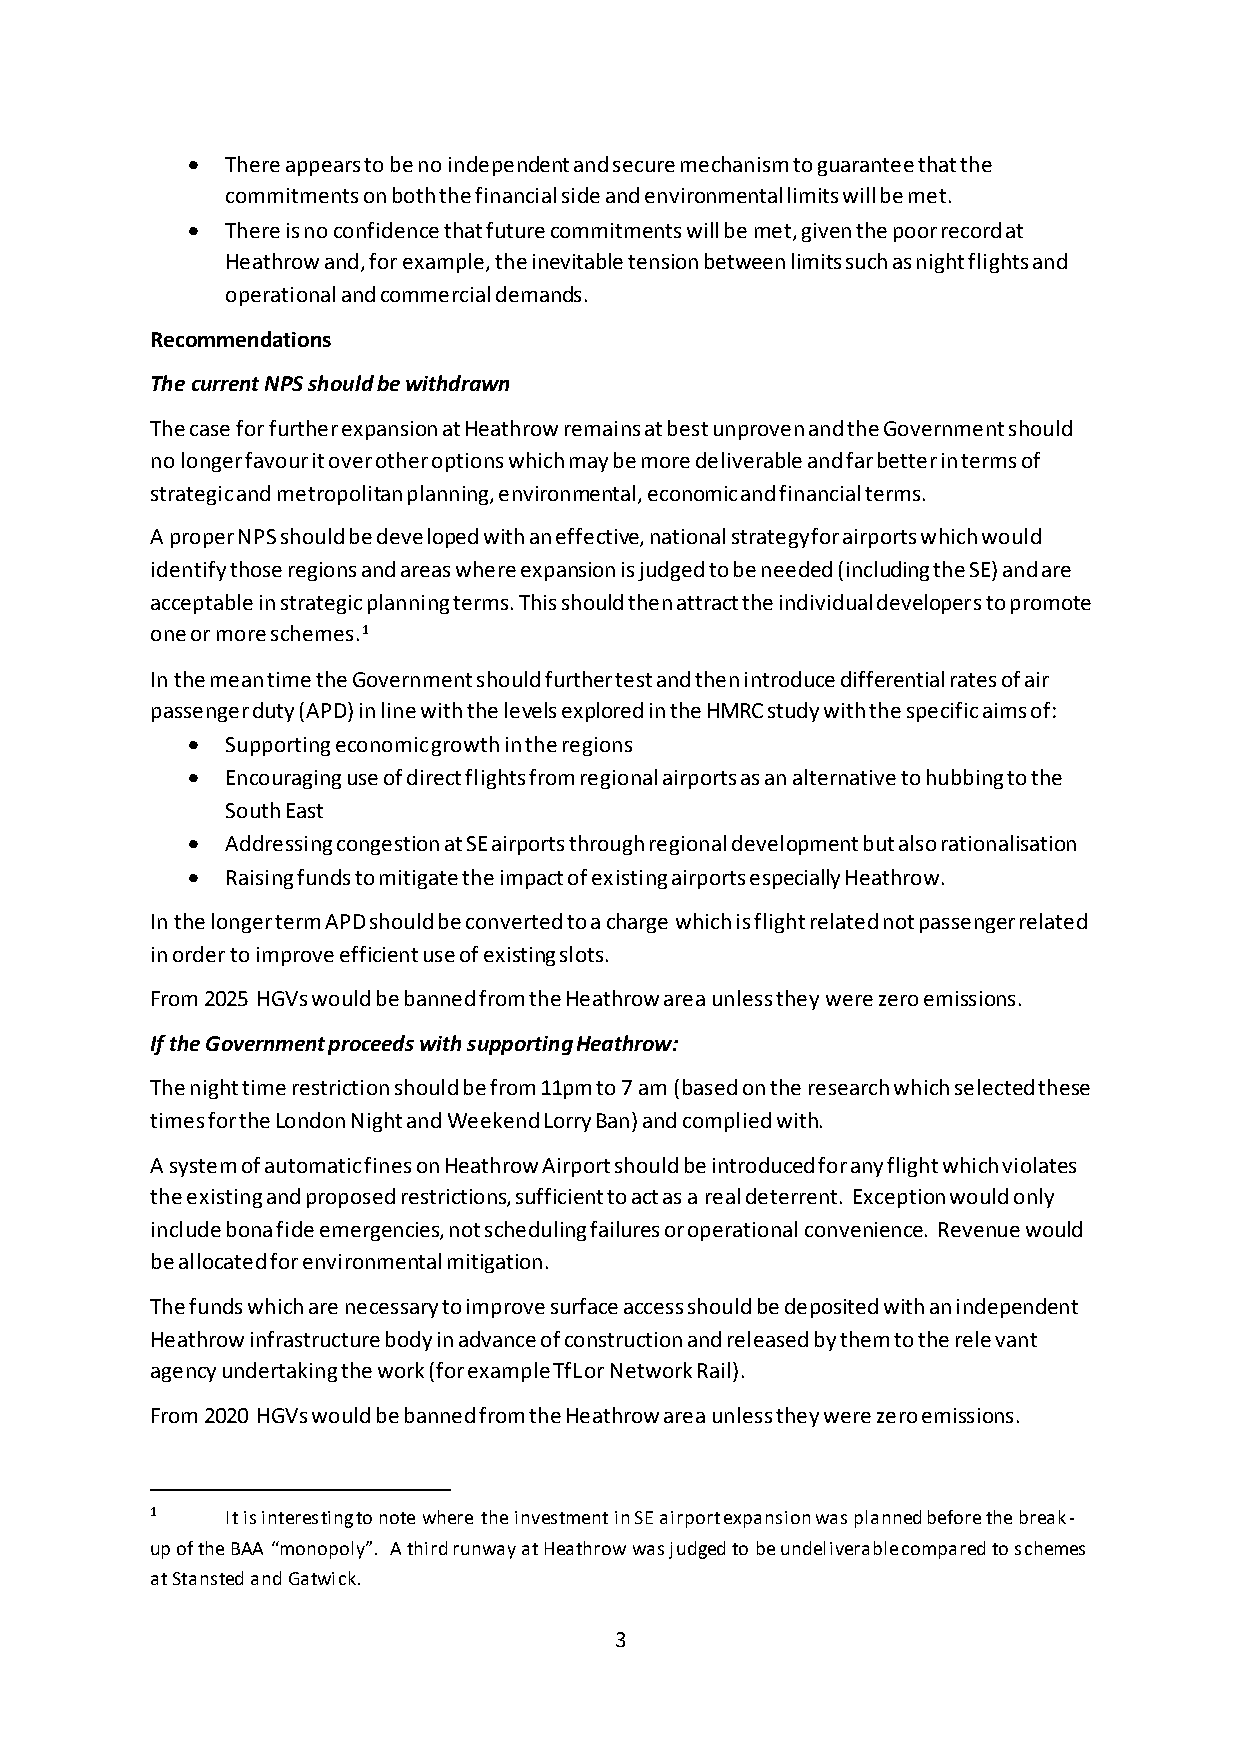
  There appears to be no independent and secure mechanism to guarantee that the
 commitments on both the financial side and environmental limits will be met.
   There is no confidence that future commitments will be met, given the poor record at
 Heathrow and, for example, the inevitable tension between limits such as night flights and
 operational and commercial demands.
 Recommendations
 The current NPS should be withdrawn
 The case for further expansion at Heathrow remains at best unproven and the Government should
 no longer favour it over other options which may be more deliverable and far better in terms of
 strategic and metropolitan planning, environmental, economic and financial terms.
 A proper NPS should be developed with an effective, national strategy for airports which would
 identify those regions and areas where expansion is judged to be needed (including the SE) and are
 acceptable in strategic planning terms. This should then attract the individual developers to promote
 one or more schemes.1
 In the mean time the Government should further test and then introduce differential rates of air
 passenger duty (APD) in line with the levels explored in the HMRC study with the specific aims of:
   Supporting economic growth in the regions
   Encouraging use of direct flights from regional airports as an alternative to hubbing to the
 South East
   Addressing congestion at SE airports through regional development but also rationalisation
   Raising funds to mitigate the impact of existing airports especially Heathrow.
 In the longer term APD should be converted to a charge which is flight related not passenger related
 in order to improve efficient use of existing slots.
 From 2025 HGVs would be banned from the Heathrow area unless they were zero emissions.
 If the Government proceeds with supporting Heathrow:
 The night time restriction should be from 11pm to 7 am (based on the research which selected these
 times for the London Night and Weekend Lorry Ban) and complied with.
 A system of automatic fines on Heathrow Airport should be introduced for any flight which violates
 the existing and proposed restrictions, sufficient to act as a real deterrent. Exception would only
 include bona fide emergencies, not scheduling failures or operational convenience. Revenue would
 be allocated for environmental mitigation.
 The funds which are necessary to improve surface access should be deposited with an independent
 Heathrow infrastructure body in advance of construction and released by them to the relevant
 agency undertaking the work (for example TfL or Network Rail).
 From 2020 HGVs would be banned from the Heathrow area unless they were zero emissions.
 1    It is interesting to note where the investment in SE airport expansion was planned before the break-
 up of the BAA “monopoly”. A third runway at Heathrow was judged to be undeliverable compared to schemes
 at Stansted and Gatwick.
 3